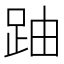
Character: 𲃛